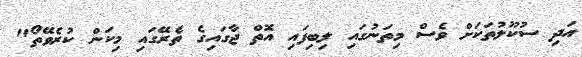
އަދި ސުކޫލުތަކަށް ވެސް މިތަނުގައި ލިބިފައި އޮތް ޖާގައިގެ ތެރޭގައި މިކަން ކުރެވޭތޯ"